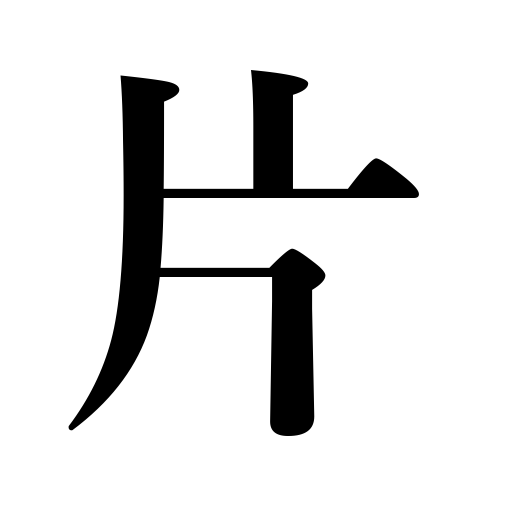
Meanings: petal,one eye,leaf,one-way,sheet,one-sided,etc.,single shift,flake